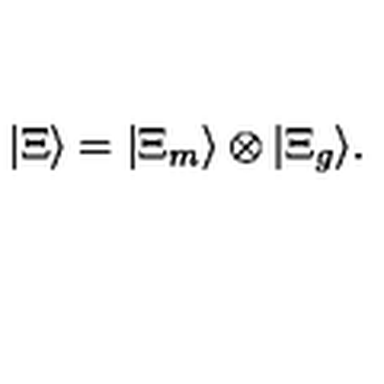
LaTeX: | \Xi \rangle = | \Xi _ { m } \rangle \otimes | \Xi _ { g } \rangle .